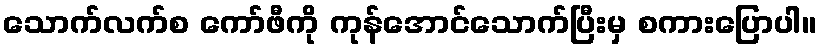
သောက်လက်စ ကော်ဖီကို ကုန်အောင်သောက်ပြီးမှ စကားပြောပါ။